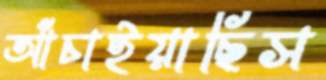
আঁচাইয়াছিস